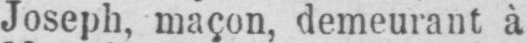
Joseph, maçon, demeurant à